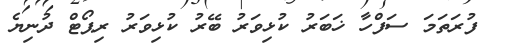
ފުރަތަމަ ސަފްހާ ޚަބަރު ކުޅިވަރު ބޭރު ކުޅިވަރު ރިޕޯޓް ދުނިޔެ